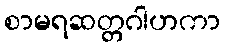
စာမရဆတ္တဂါဟကာ